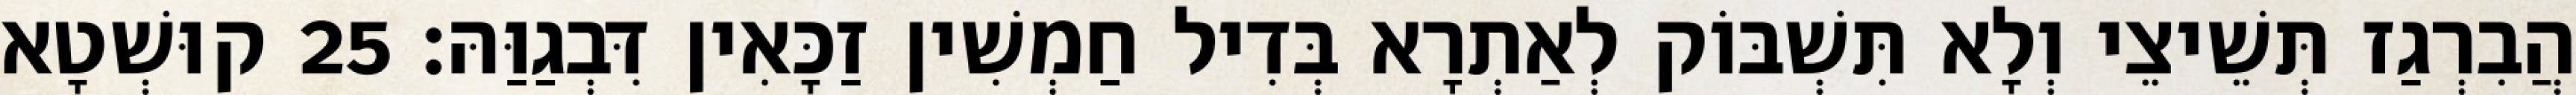
הֲבִרְגַז תְּשֵׁיצֵי וְלָא תִּשְׁבּוֹק לְאַתְרָא בְּדִיל חַמְשִׁין זַכָּאִין דִּבְגַוַּהּ׃ 25 קוּשְׁטָא